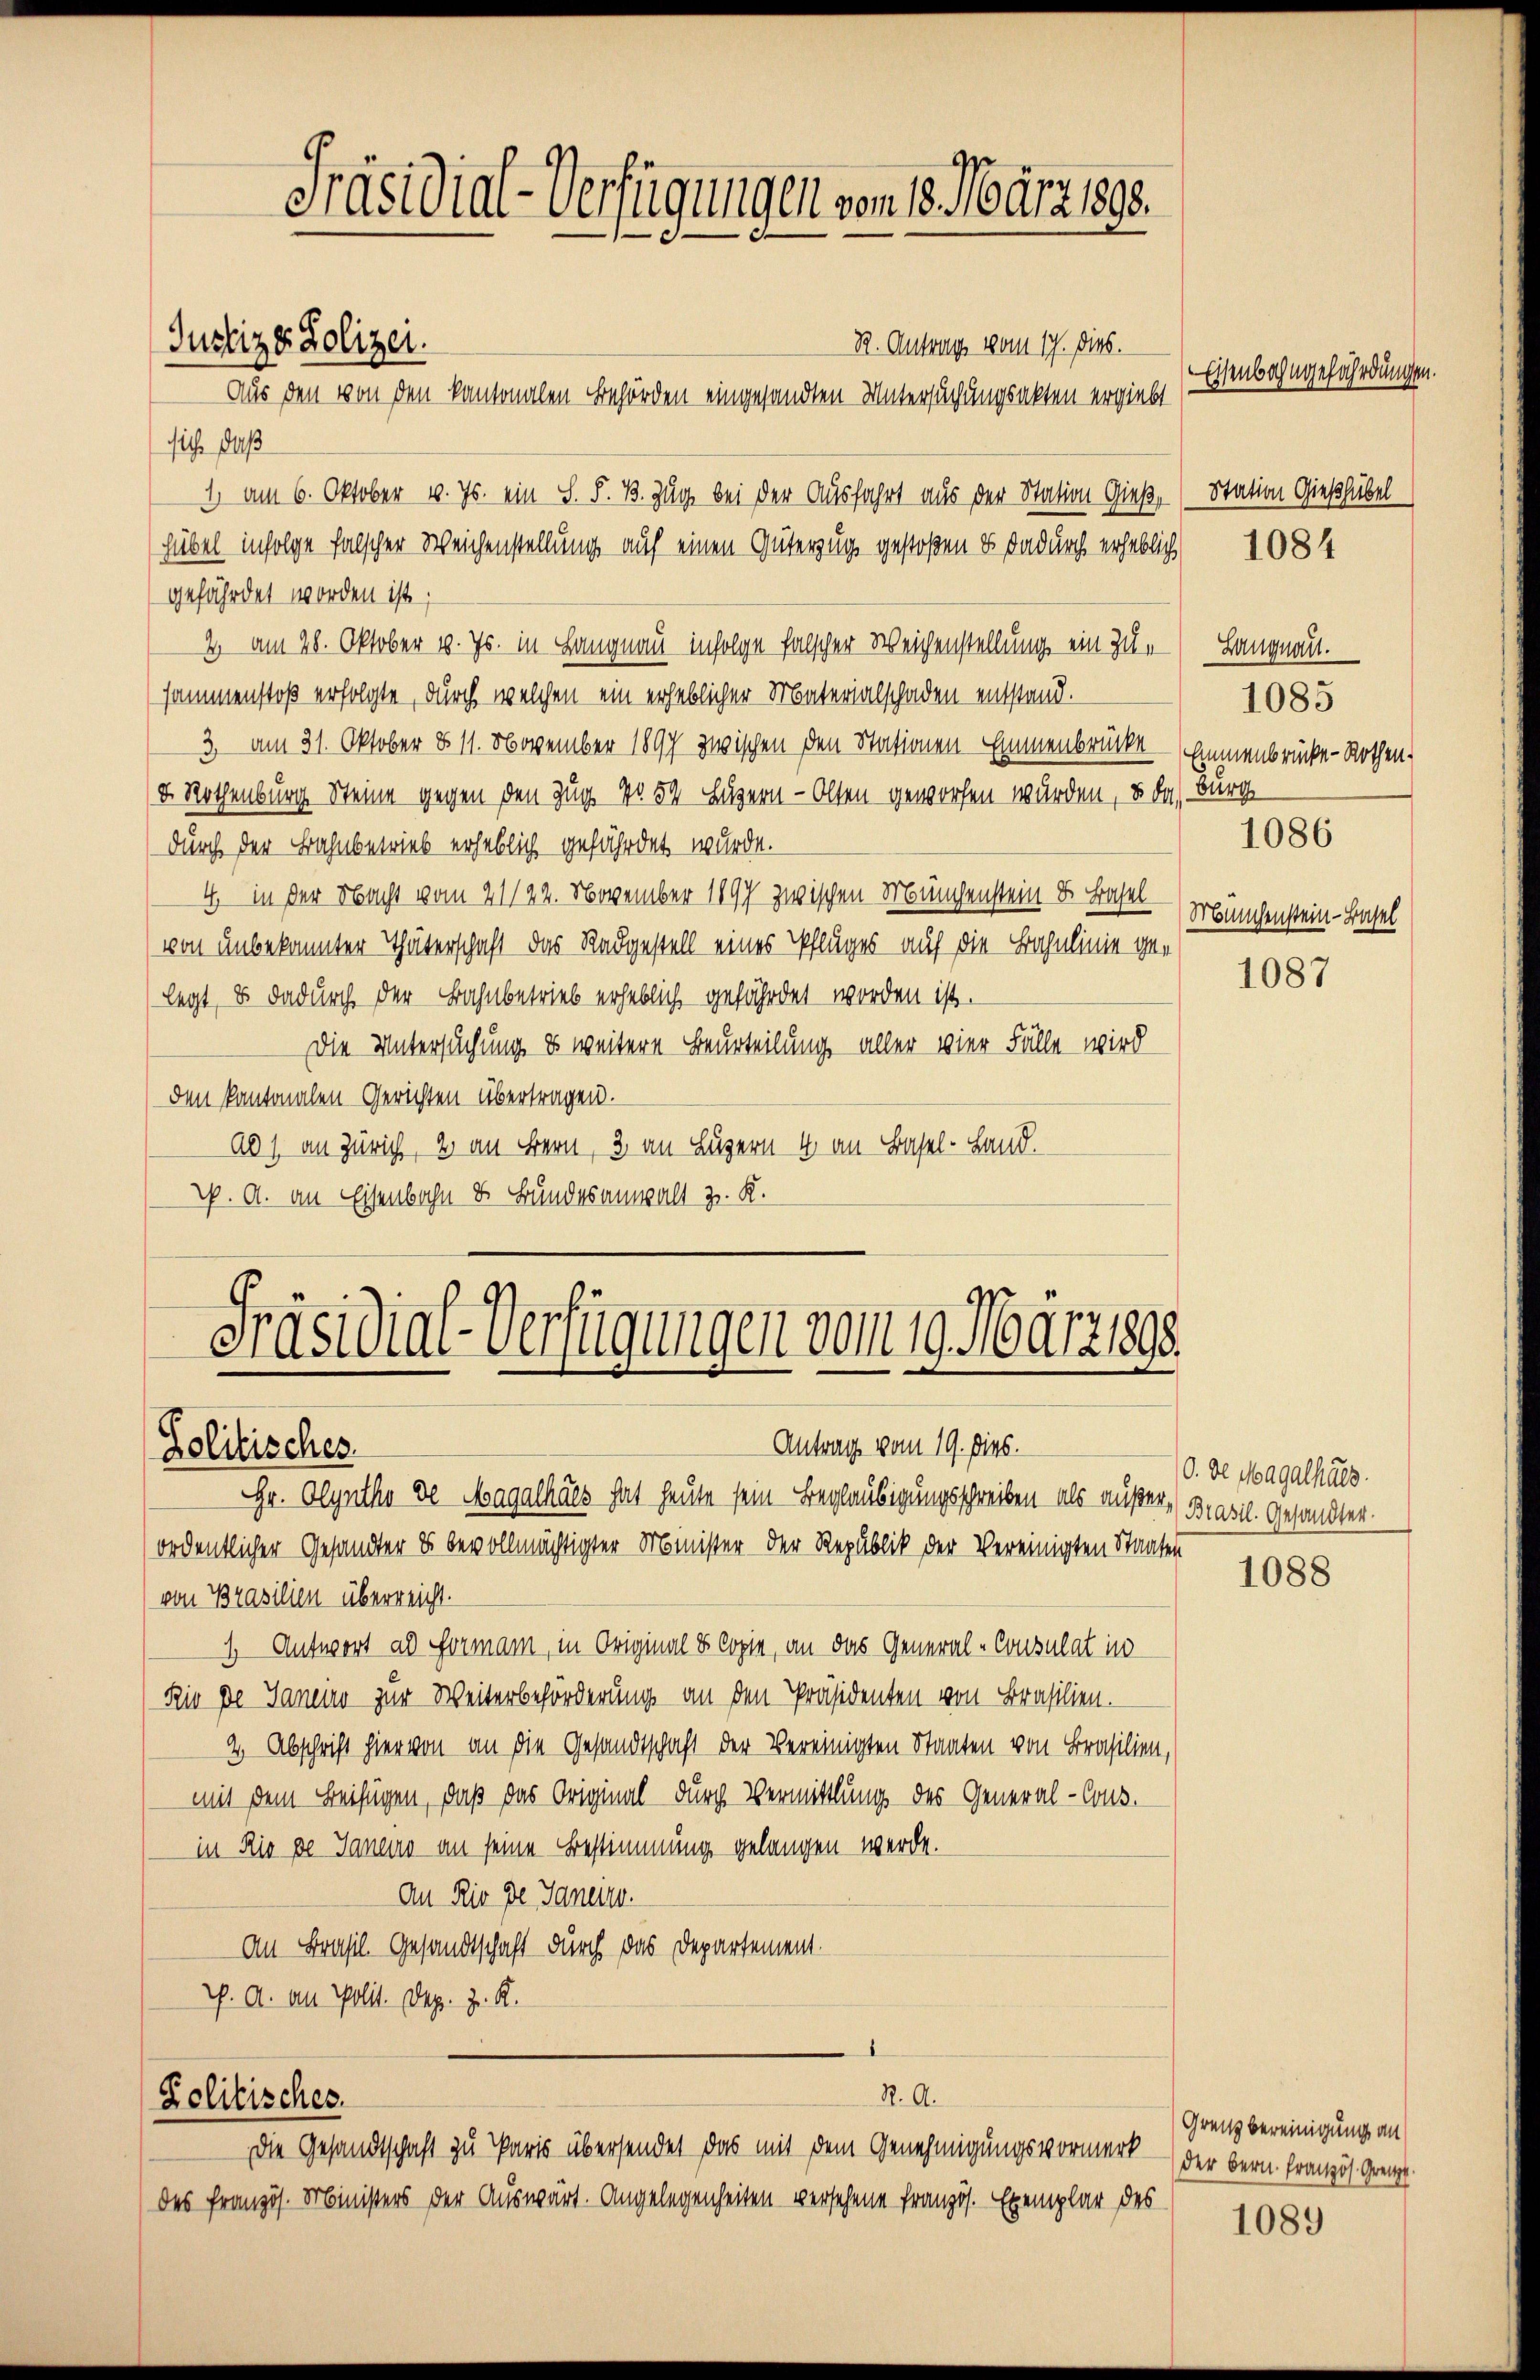
Präsidial-Verfügungen vom 13. März 1888.

Justiz & Polizei.

R. Antrags vom 17. Dies.
Aus den von den kantonalen Behörden eingesandten Untersuchungsakten ergiebt
sich daß
1, am 6. Oktober v. Js. ein S. S. B. Zug bei der Ausfahrt aus der Station Gieß,
hübel infolge falscher Weichenstellung auf einen Güterzug gestoßen u. dadurch erheblich
gefährdet worden ist;
2 am 28. Oktober v. Js. in Langnau infolge falscher Weichenstellung ein Zusammenstoß erfolgte, durch welchen ein erheblicher Materialschaden entstand.
3. am 31. Oktober § 11. November 1897 zwischen den Stationen Emmenbrücke
d. Rothenburg Steine gegen den Zug No. 54 Luzern - Olten geworfen wurden, u da,
durch der Bahnbetrieb erheblich gefährdet wurde.
4 in der Nacht vom 21/22. November 1897 zwischen Münchenstein d. Basel
von unbekannten Thäterschaft das Radgestell eines Pfluges auf die Bahnlinie gelegt, & dadurch der Bahnbetrieb erheblich gefährdet worden ist.
Die Untersuchung es weitere Beurteilung aller vier Fälle wird
den kantonalen Gerichten übertragen.
ab 1 an Zürich, 2 an Bern, 3. an Luzern 4 an Basel-Land.
p. A. an Eisenbahn & Bundesanwalt z. K.
A.

Präsidial-Verfügungen vom 19. März 1898.
Antrag vom 19. Dies.
Politisches.

Hr. Olynthe de Magathals hat heute sein Beglaubigungsschreiben als außer (Brasil Gesandter
(ordentlicher Gesandter es bevollmächtigter Minister der Republik der Vereinigten Staates
von Brasilien überreicht.
1 Antwort ad Formann, in Original & Copie, an das General-Consulat in
Rio de Janein zur Weiterbeförderung an den Präsidenten von Brasilien.
4 Abschrift hier von an die Gesandtschaft der Vereinigten Staaten von Brasilien,
mit dem Beifügen, daß das Original durch Vermittlung des General-Cons.
in Rio pe Sanen an seine Bestimmung gelangen werde.
An Rio de Janeit.
An Brasil. Gesandtschaft durch das Departement.
W. A. an Polit. Dez. z. R.

R. A.
Zolitisches.
Die Gesandtschaft zu Paris übersendet das mit dem Genehmigungsvormerk

des französ. Ministers der Auswärt. Angelegenheiten versehene Französ. Exemplar des

Eisenbahngefährdungen.
Station Gießhübel
1084

Langnau.
1085
Emmenbrücke - Rothen.
Burg
1086
Münchenstein-Basel

1087

O. de Magathals.

1088

1089

Grenz bereinigung an
der Bern Französ. Grenze.